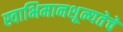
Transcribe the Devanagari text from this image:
स्वाभिमानशून्यतेचे